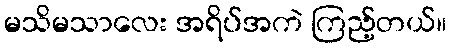
မသိမသာလေး အရိပ်အကဲ ကြည့်တယ်။